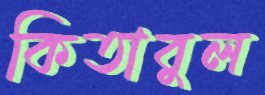
কিতাবুল